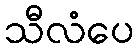
သီလံပေ